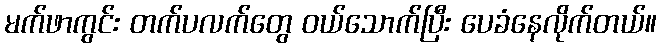
မက်ဖာကွင်း တက်ပလက်တွေ ဝယ်သောက်ပြီး ပေခံနေလိုက်တယ်။